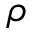
\rho